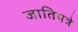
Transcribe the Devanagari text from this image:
जातिपत्रे